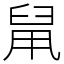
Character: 䑕